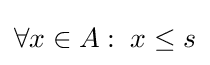
\forall x\in A:\;x\leq s